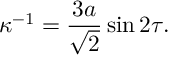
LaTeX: \kappa ^ { - 1 } = \frac { 3 a } { \sqrt { 2 } } \sin 2 \tau .